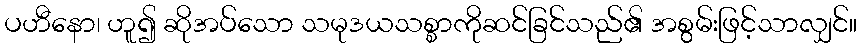
ပဟီနော၊ ဟူ၍ ဆိုအပ်သော သမုဒယသစ္စာကိုဆင်ခြင်သည်၏ အစွမ်းဖြင့်သာလျှင်။